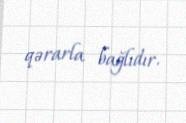
qərarla bağlıdır.